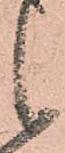
候